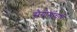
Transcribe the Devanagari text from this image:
स़ैयोगीचारी